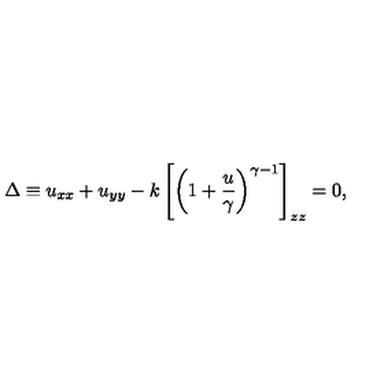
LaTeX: \Delta \equiv u _ { x x } + u _ { y y } - k \left[ \left( 1 + { \frac { u } { \gamma } } \right) ^ { \gamma - 1 } \right] _ { z z } = 0 ,